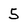
Character: 5